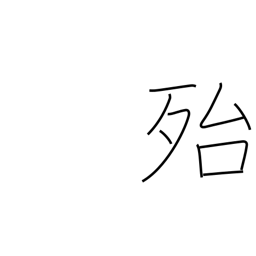
Meaning: really